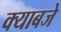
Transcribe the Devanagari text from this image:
क्याबजे